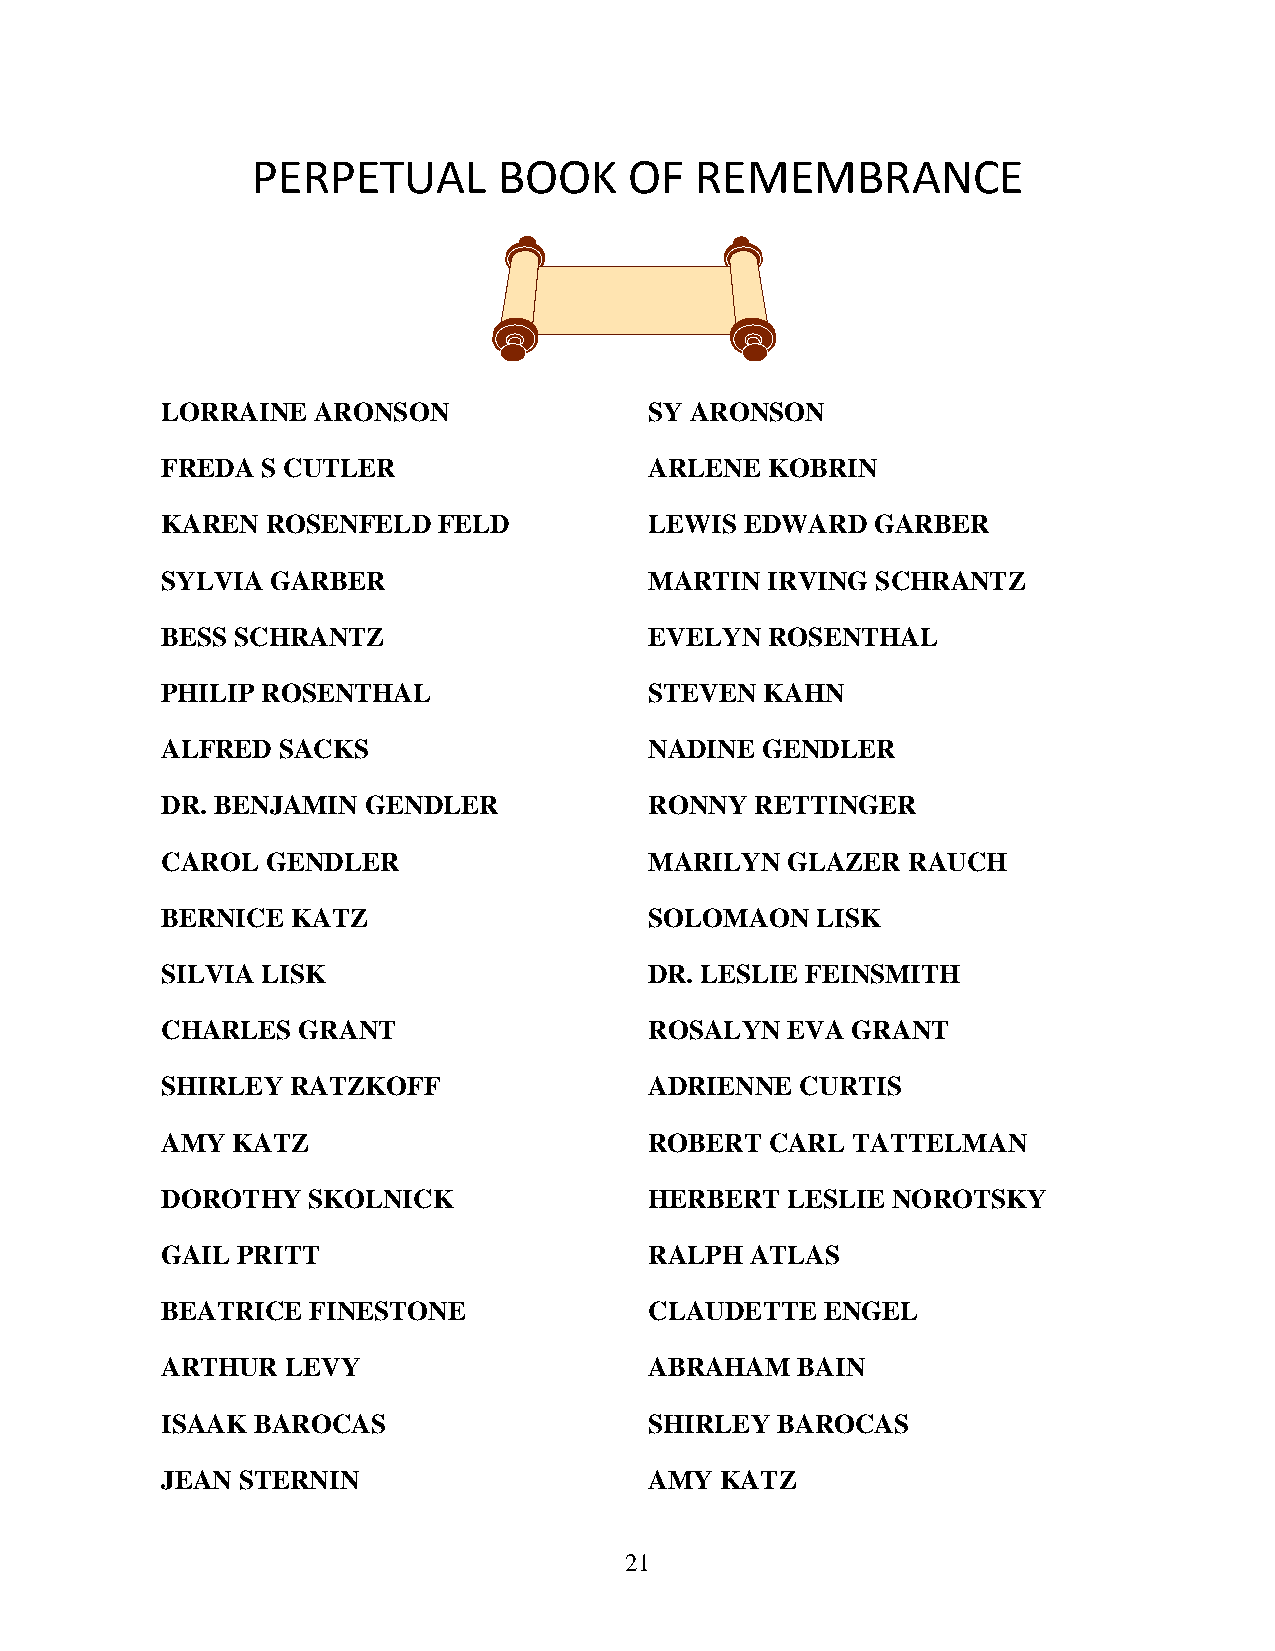
PERPETUAL       BOOK     OF  REMEMBRANCE
 LORRAINE  ARONSON               SY ARONSON
 FREDA S CUTLER                  ARLENE  KOBRIN
 KAREN  ROSENFELD  FELD          LEWIS EDWARD   GARBER
 SYLVIA GARBER                   MARTIN  IRVING SCHRANTZ
 BESS SCHRANTZ                   EVELYN  ROSENTHAL
 PHILIP ROSENTHAL                STEVEN  KAHN
 ALFRED SACKS                    NADINE GENDLER
 DR. BENJAMIN GENDLER            RONNY  RETTINGER
 CAROL  GENDLER                  MARILYN  GLAZER  RAUCH
 BERNICE KATZ                    SOLOMAON   LISK
 SILVIA LISK                     DR. LESLIE FEINSMITH
 CHARLES  GRANT                  ROSALYN  EVA GRANT
 SHIRLEY RATZKOFF                ADRIENNE  CURTIS
 AMY KATZ                        ROBERT  CARL TATTELMAN
 DOROTHY  SKOLNICK               HERBERT  LESLIE NOROTSKY
 GAIL PRITT                      RALPH  ATLAS
 BEATRICE FINESTONE              CLAUDETTE   ENGEL
 ARTHUR  LEVY                    ABRAHAM   BAIN
 ISAAK BAROCAS                   SHIRLEY BAROCAS
 JEAN STERNIN                    AMY  KATZ
 21